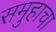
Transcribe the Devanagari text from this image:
समुहाचा